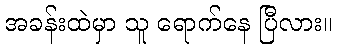
အခန်းထဲမှာ သူ ရောက်နေ ပြီလား။